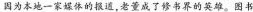
因为本地一家媒体的报道，老董成了修书界的英雄。图书